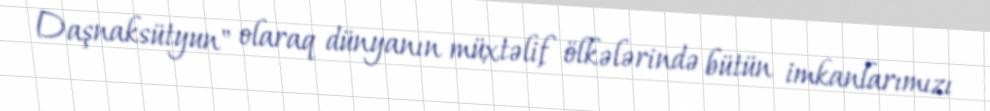
Daşnaksütyun" olaraq dünyanın müxtəlif ölkələrində bütün imkanlarımızı